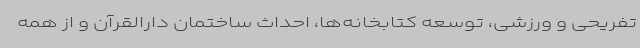
تفریحی و ورزشی، توسعه کتابخانه‌ها، احداث ساختمان دارالقرآن و از همه